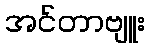
အင်တာဗျူး